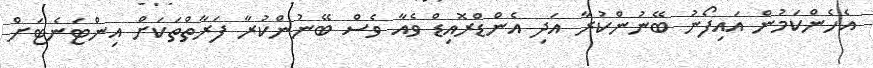
އެހެންކަމުން އައިފޯނު ބޭނުންކުރާ އަދި އެންޑްރޮއިޑް ވެއާ ވެސް ބޭނުންކުރާ ފަރާތްތަކަށް އިންޓަނެޓަށް